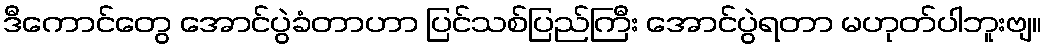
ဒီကောင်တွေ အောင်ပွဲခံတာဟာ ပြင်သစ်ပြည်ကြီး အောင်ပွဲရတာ မဟုတ်ပါဘူးဗျ။